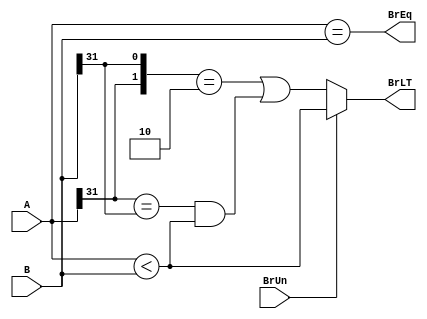
 module branch_comp (A,B,BrUn,BrEq,BrLT);
 input [31:0] A,B;
 input BrUn ;
 output BrEq,BrLT;

assign BrEq = (A == B);
assign BrLT = (BrUn) ? (A < B) : (({A[31], B[31]} == 2'b10) || ((A[31] == B[31]) && (A < B)));
endmodule